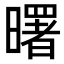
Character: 曙